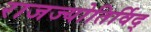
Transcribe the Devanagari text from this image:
राजज्योतिर्विद्